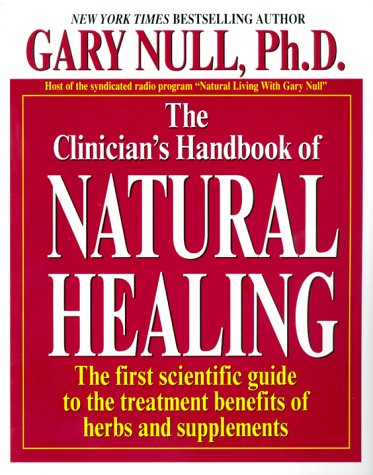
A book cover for The Clinician's Handbook Of Natural Healing; Gary Null; Health, Fitness & Dieting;